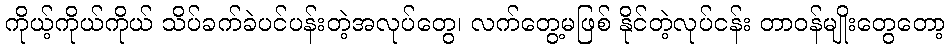
ကိုယ့်ကိုယ်ကိုယ် သိပ်ခက်ခဲပင်ပန်းတဲ့အလုပ်တွေ၊ လက်တွေ့မဖြစ် နိုင်တဲ့လုပ်ငန်း တာဝန်မျိုးတွေတော့